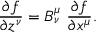
{ \frac { \partial f } { \partial z ^ { \nu } } } = B _ { \nu } ^ { \mu } \ { \frac { \partial f } { \partial x ^ { \mu } } } .